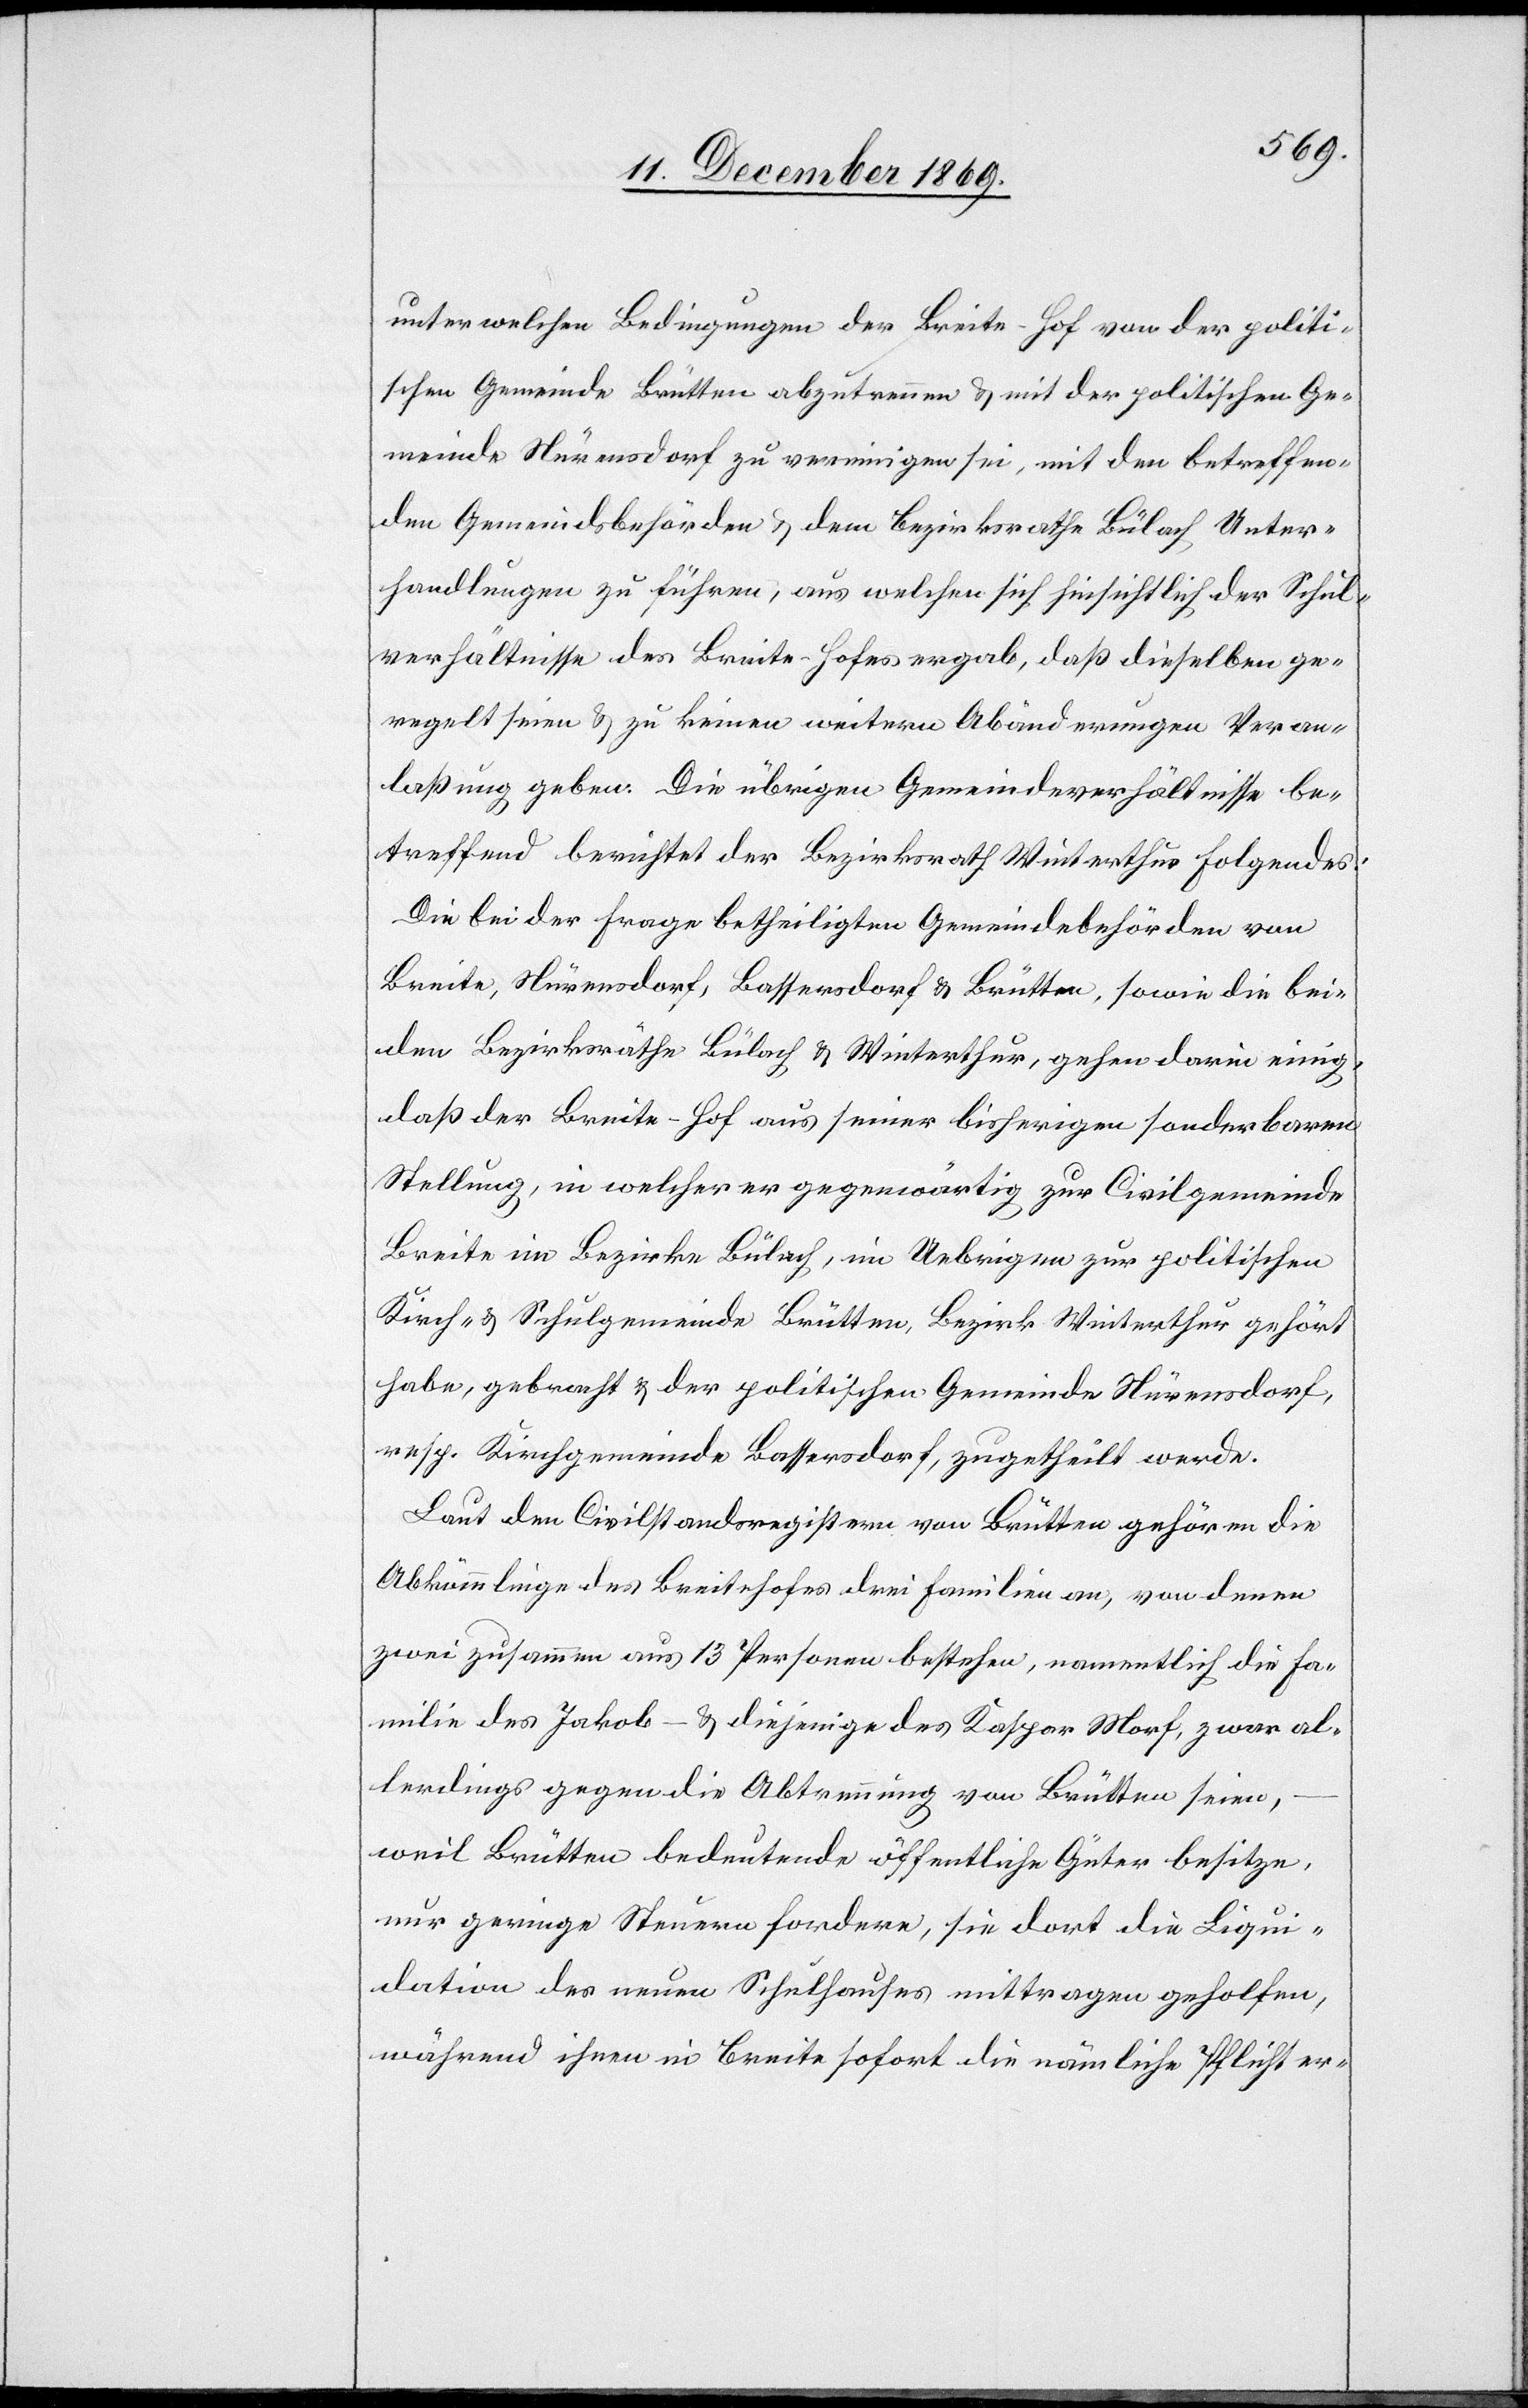
unter welchen Bedingungen der Breite-Hof von der politi¬
schen Gemeinde Brütten abzutrennen & mit der politischen Ge¬
meinde Nürensdorf zu vereinigen sei, mit den betreffen¬
den Gemeindsbehörden & dem Bezirksrathe Bülach Unter¬
handlungen zu führen, aus welchen sich hinsichtlich der Schul¬
verhältnisse des Breite-Hofes ergab, daß dieselben ge¬
regelt seien & zu keinen weitern Abänderungen Veran¬
laßung geben. Die übrigen Gemeindeverhältnisse be¬
treffend berichtet der Bezirksrath Winterthur Folgendes:
Die bei der Frage betheiligten Gemeindebehörden von
Breite, Nürensdorf, Bassersdorf & Brütten, sowie die bei¬
den Bezirksräthe Bülach & Winterthur, gehen darin einig,
daß der Breite-Hof aus seiner bisherigen sonderbaren
Stellung, in welcher er gegenwärtig zur Civilgemeinde
Breite im Bezirke Bülach, im Uebrigen zur politischen
Kirch- & Schulgemeinde Brütten, Bezirk Winterthur gehört
habe, gebracht & der politischen Gemeinde Nürensdorf,
resp. Kirchgemeinde Bassersdorf, zugetheilt werde.
Laut den Civilstandsregistern von Brütten gehören die
Abkömmlinge des Breitehofes drei Familien an, von denen
zwei zusammen aus 13 Personen bestehen, namentlich die Fa¬
milie des Jakob – & diejenige des Kaspar Morf, zwar al¬
lerdings gegen die Abtrennung von Brütten seien,
weil Brütten bedeutende öffentliche Güter besitze,
nur geringe Steuern fordere, sie dort die Liqui¬
dation des neuen Schulhauses mittragen geholfen,
während ihnen in Breite sofort die nämliche Pflicht er-